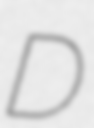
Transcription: D